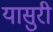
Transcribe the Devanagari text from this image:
यासुरी